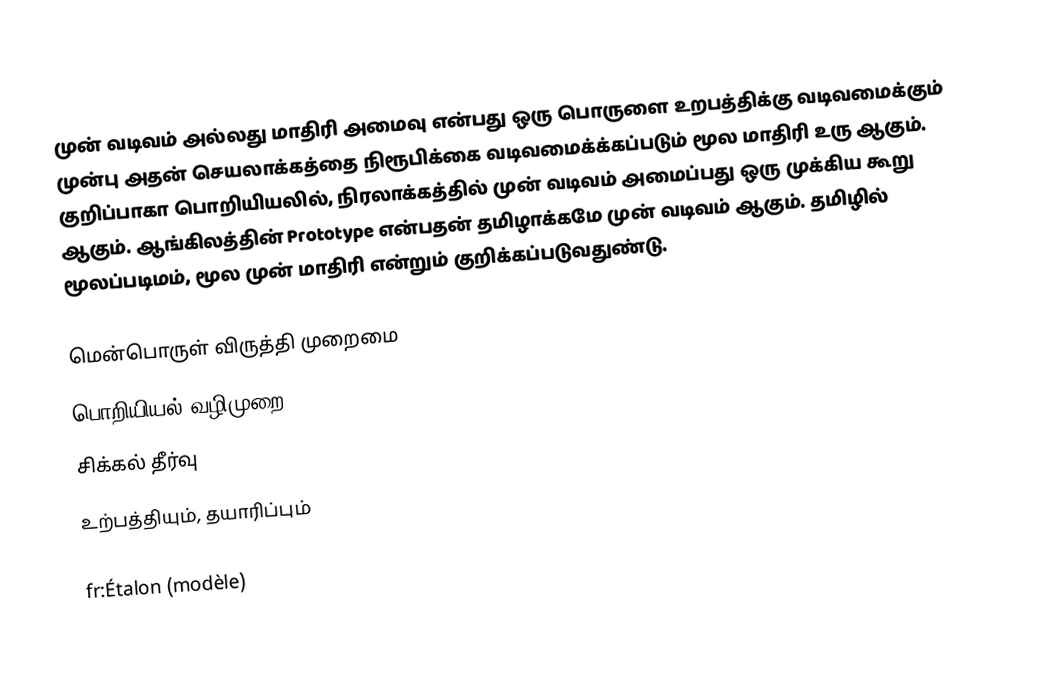
முன் வடிவம் அல்லது மாதிரி அமைவு என்பது ஒரு பொருளை உறபத்திக்கு வடிவமைக்கும் முன்பு அதன் செயலாக்கத்தை நிரூபிக்கை வடிவமைக்க்கப்படும் மூல மாதிரி உரு ஆகும்.  குறிப்பாகா பொறியியலில், நிரலாக்கத்தில் முன் வடிவம் அமைப்பது ஒரு முக்கிய கூறு ஆகும்.  ஆங்கிலத்தின் Prototype என்பதன் தமிழாக்கமே முன் வடிவம் ஆகும்.  தமிழில் மூலப்படிமம், மூல முன் மாதிரி என்றும் குறிக்கப்படுவதுண்டு.

மென்பொருள் விருத்தி முறைமை
பொறியியல் வழிமுறை
சிக்கல் தீர்வு
உற்பத்தியும், தயாரிப்பும்

fr:Étalon (modèle)